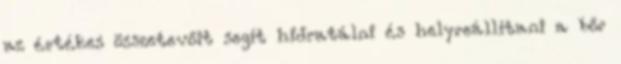
az értékes összetevőit segít hidratálni és helyreállítani a bőr